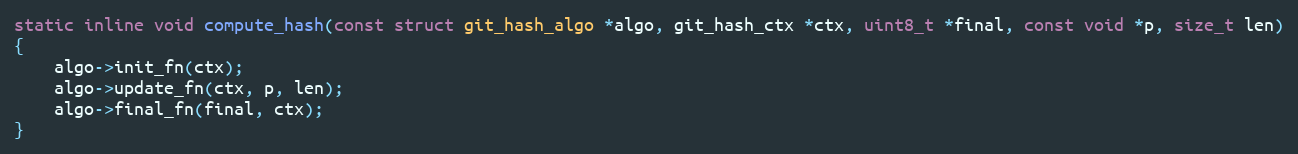
Language: C
static inline void compute_hash(const struct git_hash_algo *algo, git_hash_ctx *ctx, uint8_t *final, const void *p, size_t len)
{
	algo->init_fn(ctx);
	algo->update_fn(ctx, p, len);
	algo->final_fn(final, ctx);
}